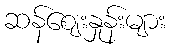
ဆန်ဈေးနှုန်းများ